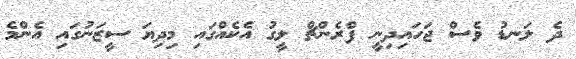
ދެ ލަނޑު ވެސް ޖަހައިދިނީ ފްރެންޗް ލީގު އެކެއްގައި މިދިޔަ ސީޒަނުގައި އެންމެ